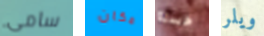
سامى مكان حسنا ويلر